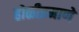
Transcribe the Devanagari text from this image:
होळीप्रमाणे